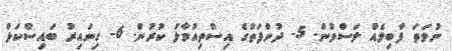
ނުވަތަ ފާބިލެއް ލަސްވުން. 5- ދުންފަތުގެ އިސްތިއުމާލު ކުރުން. 6- ގިނައިރު ބައިސްކަލް